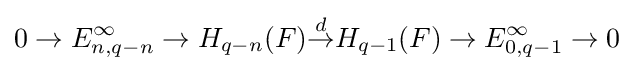
0\to E_{n,q-n}^{\infty }\to H_{q-n}(F){\overset {d}{\to }}H_{q-1}(F)\to E_{0,q-1}^{\infty }\to 0